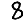
Digit: 8